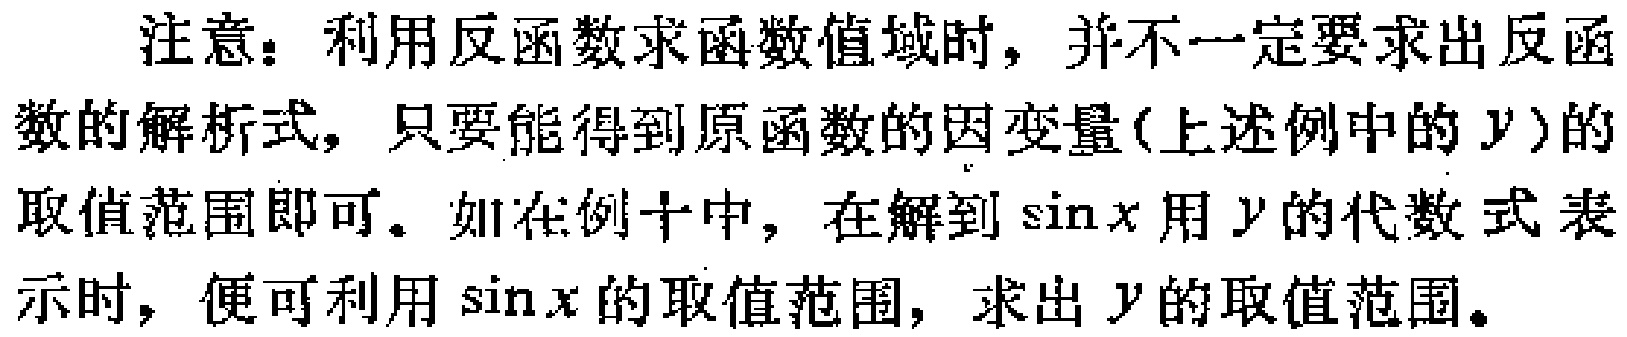
注意：利用反函数求函数值域时，并不一定要求出反函数的解析式，只要能得到原函数的因变量(上述例中的\(y\))的取值范围即可。如在例十中，在解到\(\sin x\)用\(y\)的代数式表示时，便可利用\(\sin x\)的取值范围，求出\(y\)的取值范围。